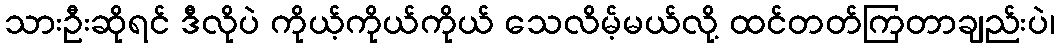
သားဦးဆိုရင် ဒီလိုပဲ ကိုယ့်ကိုယ်ကိုယ် သေလိမ့်မယ်လို့ ထင်တတ်ကြတာချည်းပဲ၊